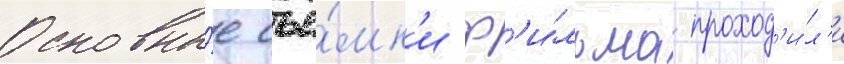
Основны́е съё́мк'и ф'и́льма проход'и́л'и